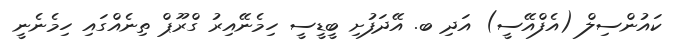
ކައުންސިލް (އެފްއޭސީ) އަދި ބ. އޭދަފުށި ބީޑީސީ ހިމެނޭއިރު ގްރޫޕް ތިނެއްގައި ހިމެނެނީ